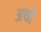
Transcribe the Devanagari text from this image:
अथों